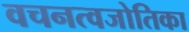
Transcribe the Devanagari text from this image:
वचनत्वजोतिका